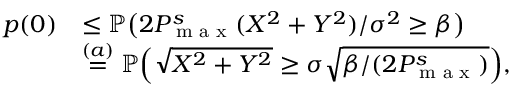
\begin{array} { r l } { p ( 0 ) } & { \leq \mathbb { P } \big ( 2 P _ { \textnormal { m a x } } ^ { s } ( X ^ { 2 } + Y ^ { 2 } ) / \sigma ^ { 2 } \geq \beta \big ) } \\ & { \stackrel { ( a ) } { = } \mathbb { P } \Big ( \sqrt { X ^ { 2 } + Y ^ { 2 } } \geq \sigma \sqrt { \beta / ( 2 P _ { \textnormal { m a x } } ^ { s } ) } \Big ) , } \end{array}